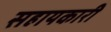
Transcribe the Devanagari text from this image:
सहायकारी